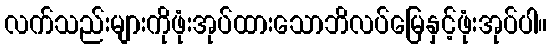
လက်သည်းများကိုဖုံးအုပ်ထားသောဘိလပ်မြေနှင့်ဖုံးအုပ်ပါ။